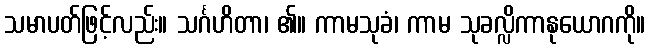
သမာပတ်ဖြင့်လည်း။ သင်္ဂဟိတာ၊ ၏။ ကာမသုခံ၊ ကာမ သုခလ္လိကာနုယောဂကို။